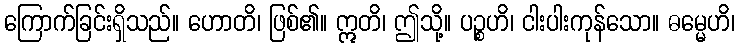
ကြောက်ခြင်းရှိသည်။ ဟောတိ၊ ဖြစ်၏။ ဣတိ၊ ဤသို့။ ပဉ္စဟိ၊ ငါးပါးကုန်သော။ ဓမ္မေဟိ၊